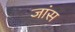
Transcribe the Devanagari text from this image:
जांस